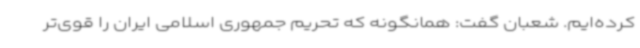
کرده‌ایم. شعبان گفت: همانگونه که تحریم جمهوری اسلامی ایران را قوی‌تر